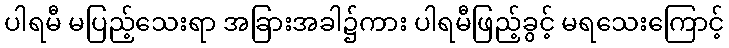
ပါရမီ မပြည့်သေးရာ အခြားအခါ၌ကား ပါရမီဖြည့်ခွင့် မရသေးကြောင့်